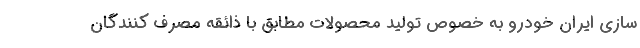
سازی ایران خودرو به خصوص تولید محصولات مطابق با ذائقه مصرف کنندگان